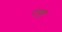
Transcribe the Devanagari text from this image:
रायुकु